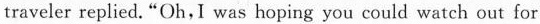
traveler replied. “Oh,I was hoping you could watch out for